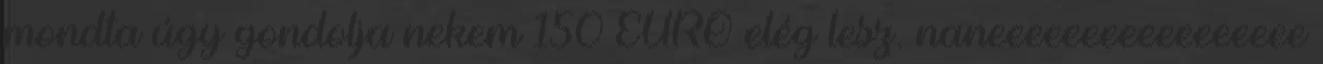
mondta úgy gondolja nekem 150 EURO elég lesz. naneeeeeeeeeeeeeeeee